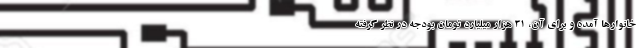
خانوارها آمده و برای آن، ۳۱ هزار میلیارد تومان بودجه در نظر گرفته